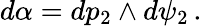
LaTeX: d\alpha=dp_{2}\wedge d\psi_{2}\, .